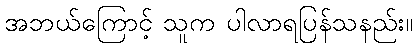
အဘယ်ကြောင့် သူက ပါလာရပြန်သနည်း။